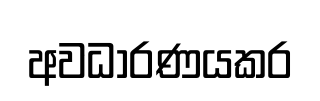
අවධාරණයකර